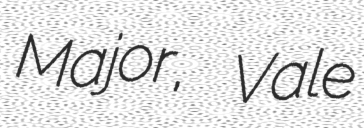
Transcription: Major, Vale